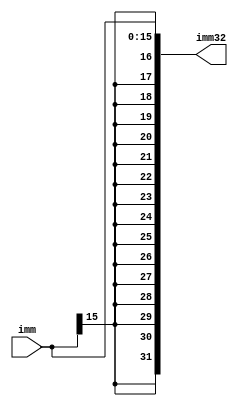
`timescale 1ns / 1ps
//////////////////////////////////////////////////////////////////////////////////
// Company: 
// Engineer: 
// 
// Design Name: 
// Module Name: immediate_extender
// Project Name: 
// Target Devices: 
// Tool Versions: 
// Description: We extend a 16bit->32bit while maintaining sign
// 
// Dependencies: 
// 
// Revision:
// Revision 0.01 - File Created
// Additional Comments:
// 
//////////////////////////////////////////////////////////////////////////////////


module immediate_extender(
    input [15:0] imm,
    output reg [31:0] imm32
    );
    always @(*) begin 
        imm32 <= {{16{imm[15]}},imm};
    end
    
endmodule